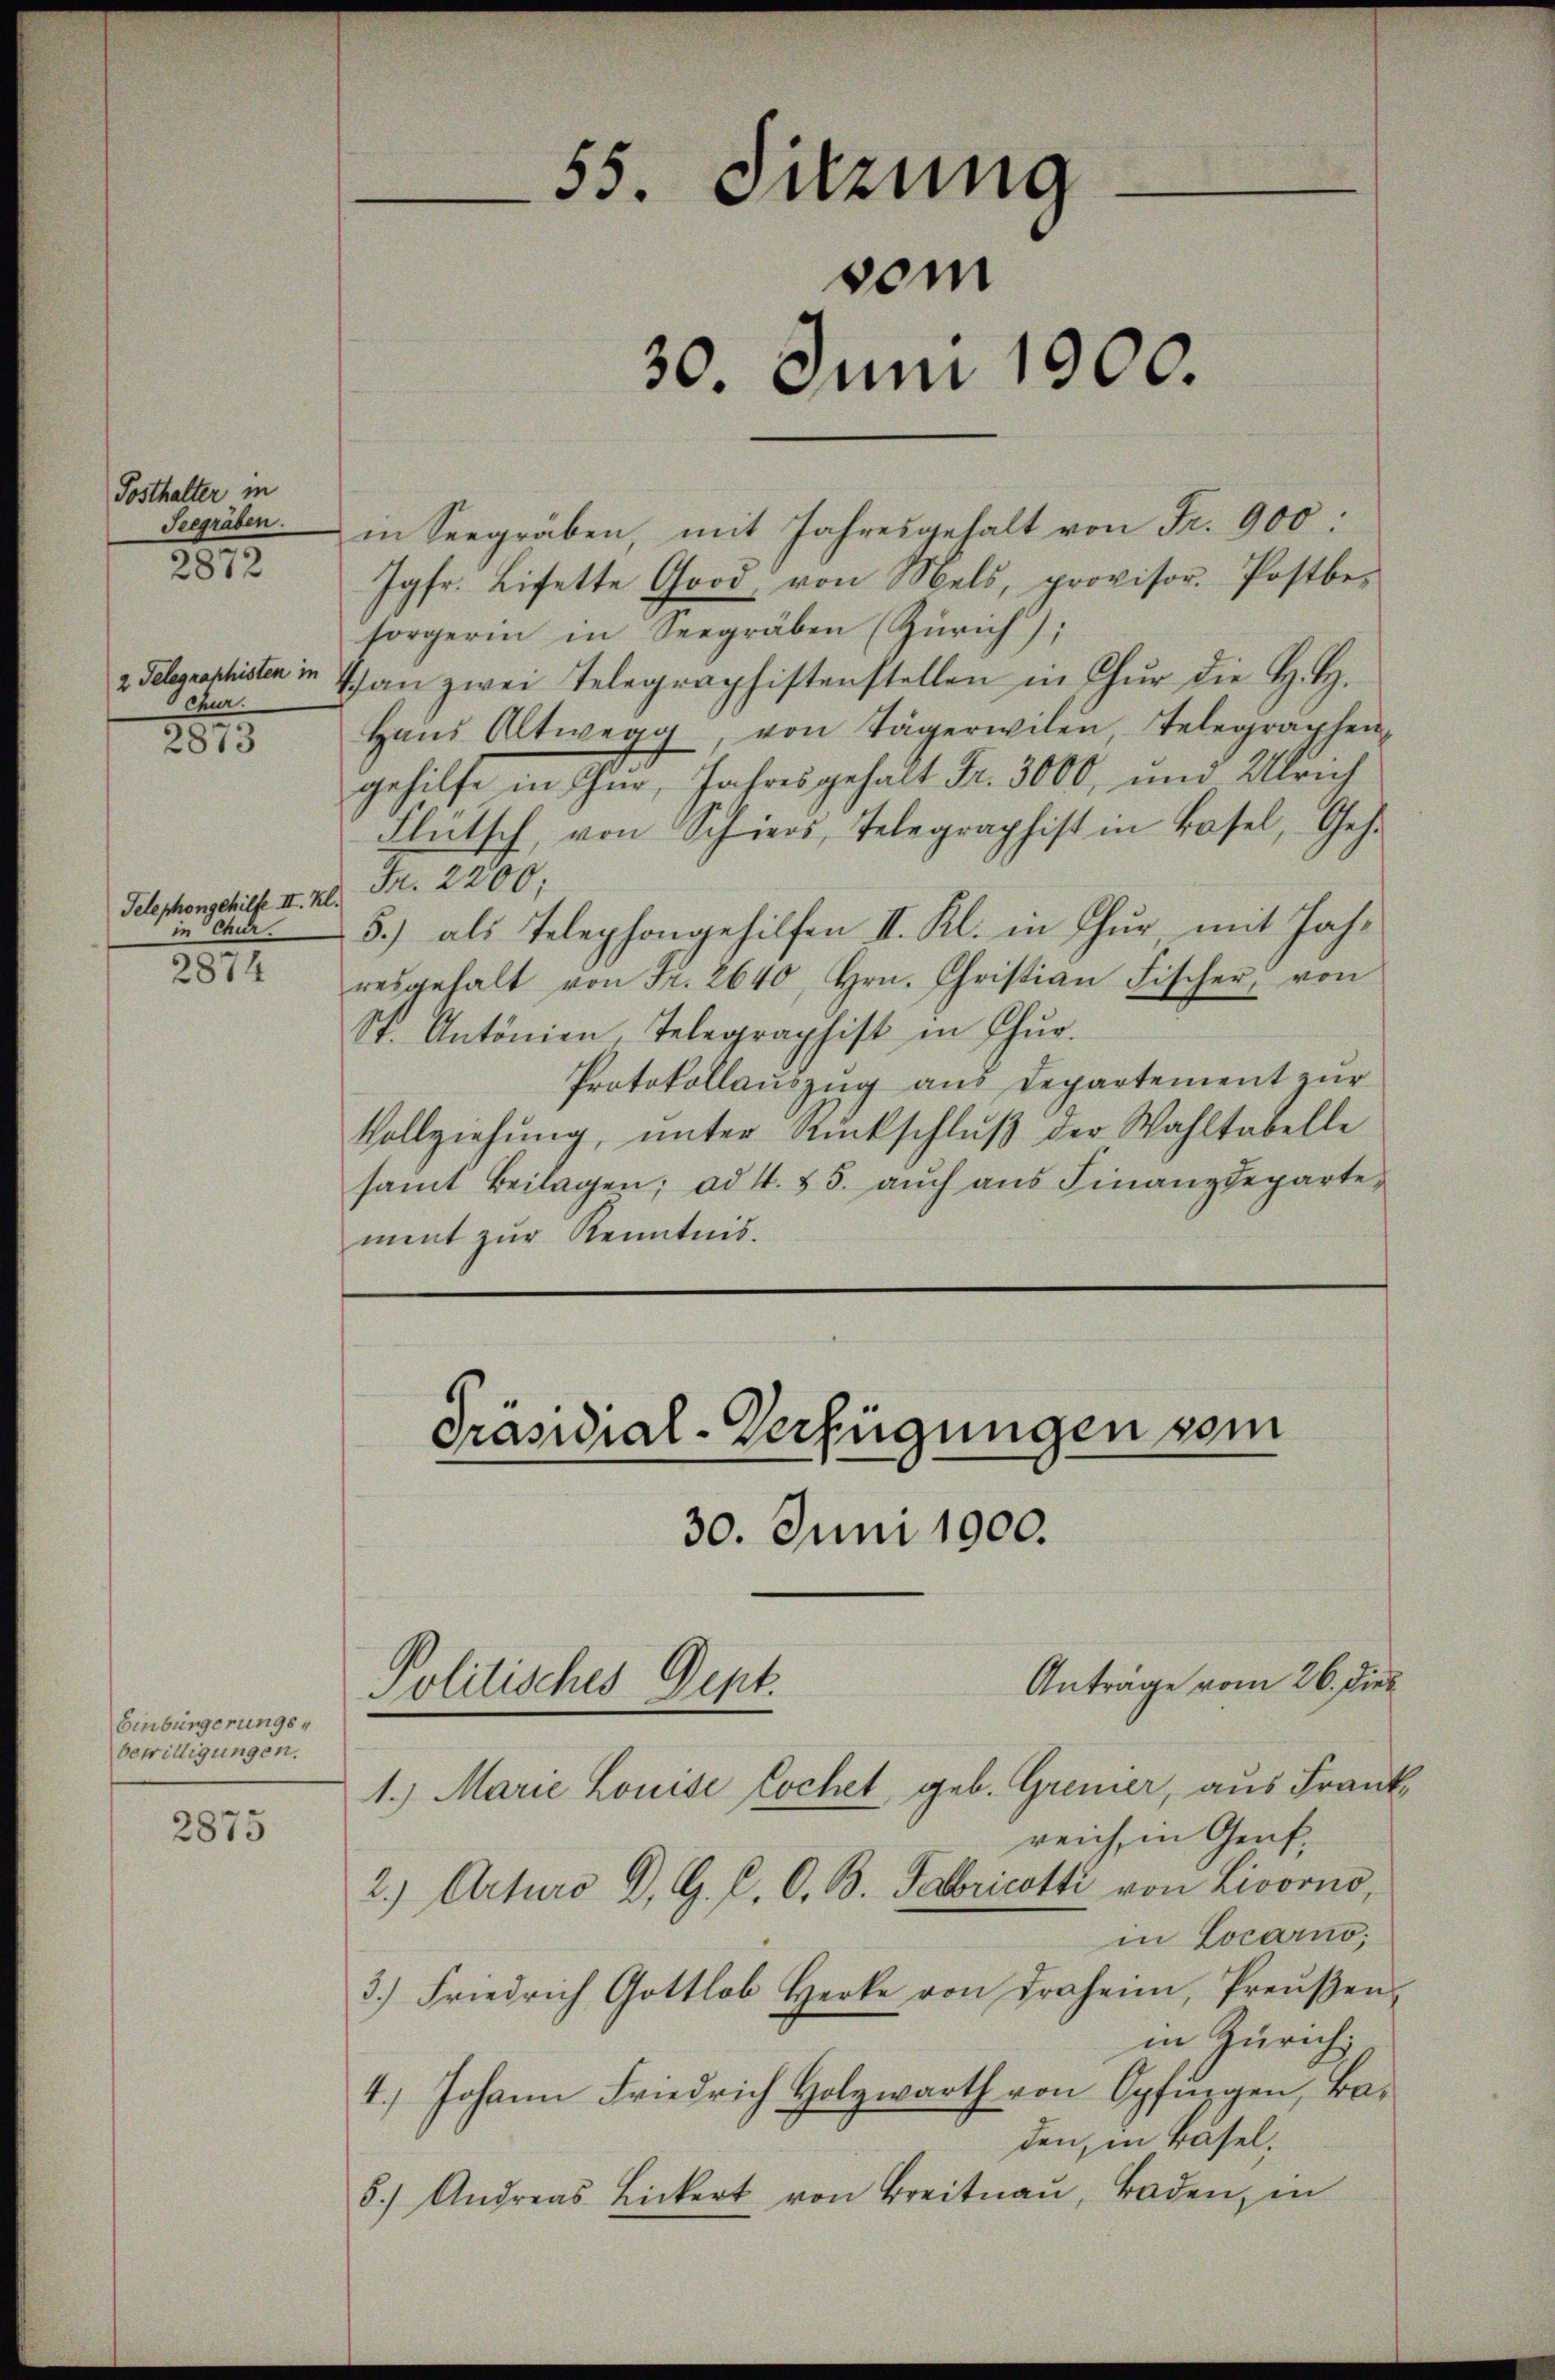
Posthalter in
Seegräben.
2872

2 Telegraphisten in
Schur.
2873

Telephongehilfe II. Kl.
in Chur.

2874

Einbürgerungsbewilligungen.

2875

in Seegräben, mit Jahresgehalt von Fr. 900:
Jgfr. Lisette Good, von Mels, provisor. Postbe-
sorgerin in Seegräben (Zürich),
Than zwei Telegraphistenstellen in Chur die H. H.
Haŭs Altwegg, von Tägerwilen, Telegraphen-
gehilfe in Chur, Jahresgehalt Fr. 3000, und Ulrich
Flütsch, von Schiers, Telegraphist in Basel, Ges.
Jn. 2200;
5) als Telephongehilfen II. Kl. in Chur mit Jahresgehalt von Fr. 2640, Hrn. Christian Fischer, von
St. Antönien, Telegraphist in Chur.
Protokollauszug aus Departement zur
Vollziehung, unter Rückschlŭβ der Wahltabelle
samt Beilagen; ad 4. 55. aŭch aŭs Finanzdeparte,
ment zur Kenntnis.

Präsidial-Verfügungen vom
30. Juni 1900.

55. Sitzung
vom
30. Juni 1900.

Politisches Dept.

Anträge vom 26. dies
1.) Marie Louise Lochet, geb. Grenier, aus Frankreich, in Genf,
2.) Arturo D. G. P. O. B. Fabricotti von Livorno,
in Locarno,
3.) Friedrich Gottlob Herke von droheim, Preŭβen-
in Zürich
4.) Johann Friedrich Holzwarth von Opfingen, Ba-
den, in Basel.
8.) Andreas Bickert von Breitnaŭ, Baden, in